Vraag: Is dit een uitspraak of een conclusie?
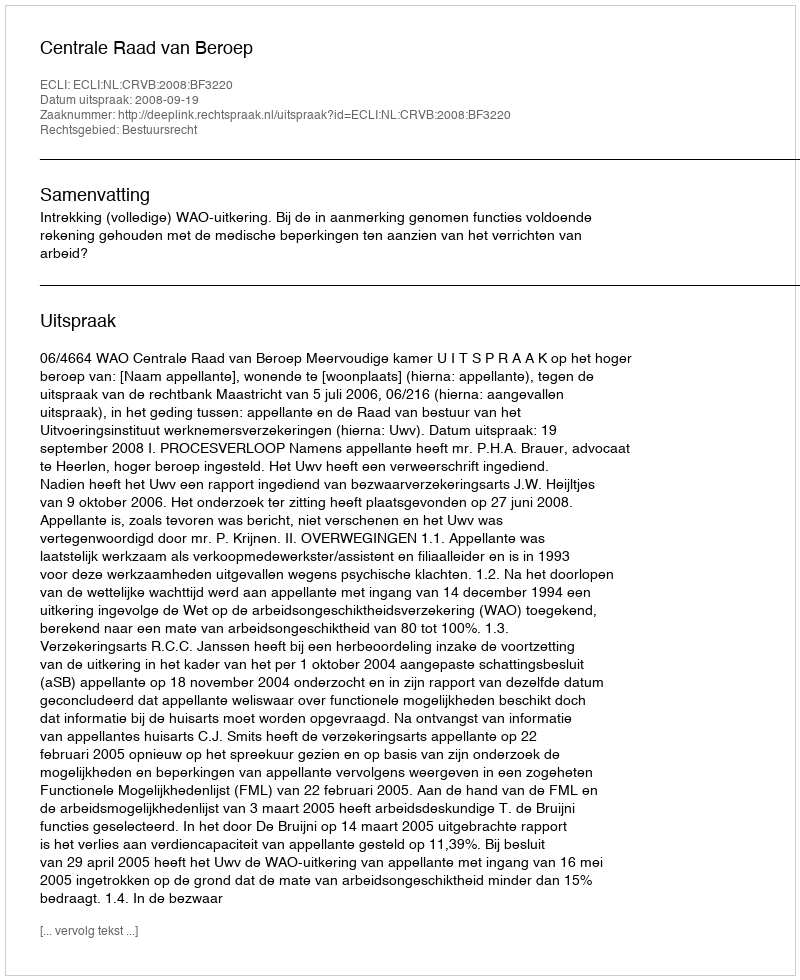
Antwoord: Uitspraak